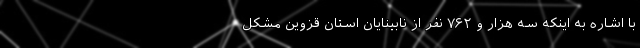
با اشاره به اینکه سه هزار و ۷۶۲ نفر از نابینایان استان قزوین مشکل